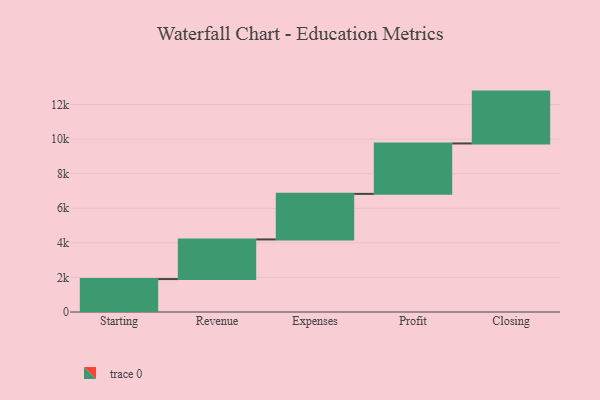
{"axis": {"x": "Step", "y": "Value"}, "legend": [""], "data": [{"x": "Starting", "y": 1905.0, "type": ""}, {"x": "Revenue", "y": 2292.0, "type": ""}, {"x": "Expenses", "y": 2636.0, "type": ""}, {"x": "Profit", "y": 2916.0, "type": ""}, {"x": "Closing", "y": 3000, "type": ""}]}